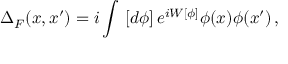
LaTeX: \Delta _ { F } ( x , x ^ { \prime } ) = i \int \, \left[ d \phi \right] e ^ { i W [ \phi ] } \phi ( x ) \phi ( x ^ { \prime } ) \, ,